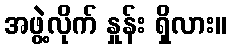
အဖွဲ့လိုက် နှုန်း ရှိလား။